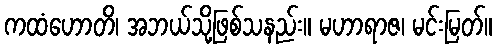
ကထံဟောတိ၊ အဘယ်သို့ဖြစ်သနည်း။ မဟာရာဇ၊ မင်းမြတ်။